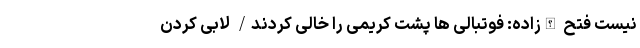
نیست فتح الله‌زاده: فوتبالی ها پشت کریمی را خالی کردند/ لابی کردن